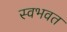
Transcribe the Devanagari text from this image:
स्वभवत